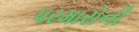
પરમારોની